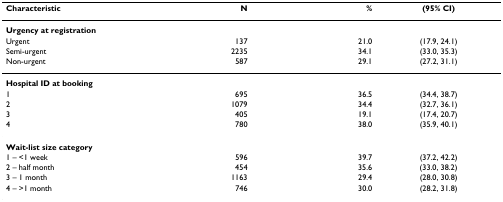
| Characteristic | N | % | (95% CI) |
 | --- | --- | --- | --- |
 | <COLSPAN=4> Urgency at registration |
 | Urgent | 137 | 21.0 | (17.9, 24.1) |
 | Semi-urgent | 2235 | 34.1 | (33.0, 35.3) |
 | Non-urgent | 587 | 29.1 | (27.2, 31.1) |
 | <COLSPAN=4> Hospital ID at booking |
 | 1 | 695 | 36.5 | (34.4, 38.7) |
 | 2 | 1079 | 34.4 | (32.7, 36.1) |
 | 3 | 405 | 19.1 | (17.4, 20.7) |
 | 4 | 780 | 38.0 | (35.9, 40.1) |
 | <COLSPAN=4> Wait-list size category |
 | 1 – <1 week | 596 | 39.7 | (37.2, 42.2) |
 | 2 – half month | 454 | 35.6 | (33.0, 38.2) |
 | 3 – 1 month | 1163 | 29.4 | (28.0, 30.8) |
 | 4 – >1 month | 746 | 30.0 | (28.2, 31.8) |